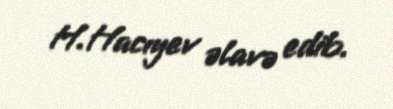
H.Hacıyev əlavə edib.